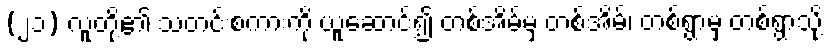
(၂၁) လူတို့၏ သတင်းစကားကို ယူဆောင်၍ တစ်အိမ်မှ တစ်အိမ်၊ တစ်ရွာမှ တစ်ရွာသို့